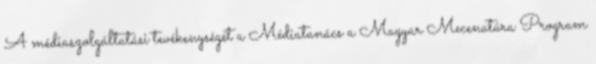
A médiaszolgáltatási tevékenységét a Médiatanács a Magyar Mecenatúra Program